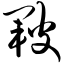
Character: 皲